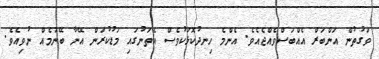
ވަގުތުން އަންބަރް އެއްބަސްވެއްޖެއެވެ. އެންމެ ހިނދުކޮޅަކުވެސް އެތަނުގައި މަޑުކުރަން އޭނާ ބޭނުމެއް ނުވިއެވެ.